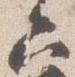
六